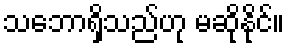
သဘောရှိသည်ဟု မဆိုနိုင်။